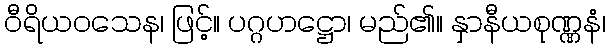
ဝီရိယဝသေန၊ ဖြင့်။ ပဂ္ဂဟဋ္ဌော၊ မည်၏။ နှာနီယစုဏ္ဏနံ၊